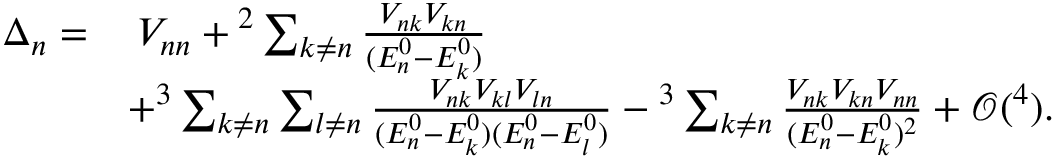
\begin{array} { r l } { \Delta _ { n } = } & { \: \l V _ { n n } + \l ^ { 2 } \sum _ { k \neq n } \frac { V _ { n k } V _ { k n } } { ( E _ { n } ^ { 0 } - E _ { k } ^ { 0 } ) } } \\ & { + \l ^ { 3 } \sum _ { k \neq n } \sum _ { l \neq n } \frac { V _ { n k } V _ { k l } V _ { l n } } { ( E _ { n } ^ { 0 } - E _ { k } ^ { 0 } ) ( E _ { n } ^ { 0 } - E _ { l } ^ { 0 } ) } - \l ^ { 3 } \sum _ { k \neq n } \frac { V _ { n k } V _ { k n } V _ { n n } } { ( E _ { n } ^ { 0 } - E _ { k } ^ { 0 } ) ^ { 2 } } + \mathcal { O } ( \l ^ { 4 } ) . } \end{array}